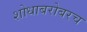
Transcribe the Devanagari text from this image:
शोधाबरोबरच